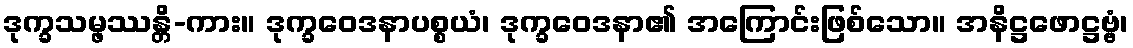
ဒုက္ခသမ္ဖဿန္တိ-ကား။ ဒုက္ခဝေဒနာပစ္စယံ၊ ဒုက္ခဝေဒနာ၏ အကြောင်းဖြစ်သော။ အနိဋ္ဌဖောဋ္ဌဗ္ဗံ၊